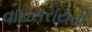
વાઇસરોયની